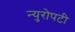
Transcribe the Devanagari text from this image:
न्युरोपटी